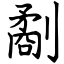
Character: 劀